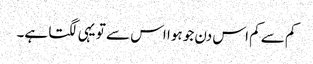
کم سے کم اس دن جو ہوا اس سے تو یہی لگتا ہے۔